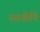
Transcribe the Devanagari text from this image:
रसश्चेति